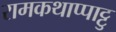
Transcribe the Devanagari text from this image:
रामकथाप्पाट्टु